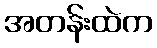
အတန်းထဲက